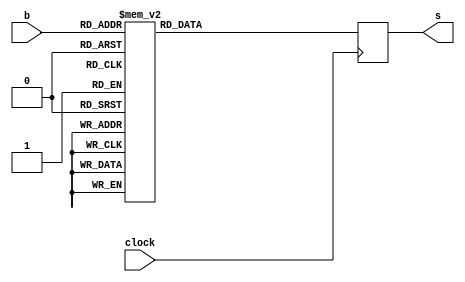
module decod4_16 (clock, b, s);

input clock;
input [3:0] b;
output reg [15:0] s;

always @(posedge clock)
begin
case (b)
	4'b0000: s <= 16'b0000000000000001;
	4'b0001: s <= 16'b0000000000000010;
	4'b0010: s <= 16'b0000000000000100;
	4'b0011: s <= 16'b0000000000001000;
	4'b0100: s <= 16'b0000000000010000;
	4'b0101: s <= 16'b0000000000100000;
	4'b0110: s <= 16'b0000000001000000;
	4'b0111: s <= 16'b0000000010000000;
	4'b1000: s <= 16'b0000000100000000;
	4'b1001: s <= 16'b0000001000000000;
	default: s <= 16'b0000000000000000;
endcase
end

endmodule